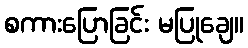
စကားပြောခြင်း မပြုချေ။